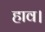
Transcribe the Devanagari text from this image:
हाव।